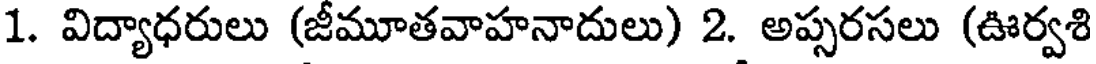
1. విద్యాధరులు (జీమూతవాహనాదులు) 2. అప్సరసలు (ఊర్వశి